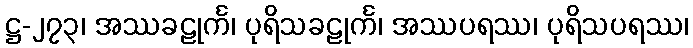
ဋ္ဌ-၂၇၃၊ အဿခဠုင်္က၊ ပုရိသခဠုင်္က၊ အဿပရဿ၊ ပုရိသပရဿ၊